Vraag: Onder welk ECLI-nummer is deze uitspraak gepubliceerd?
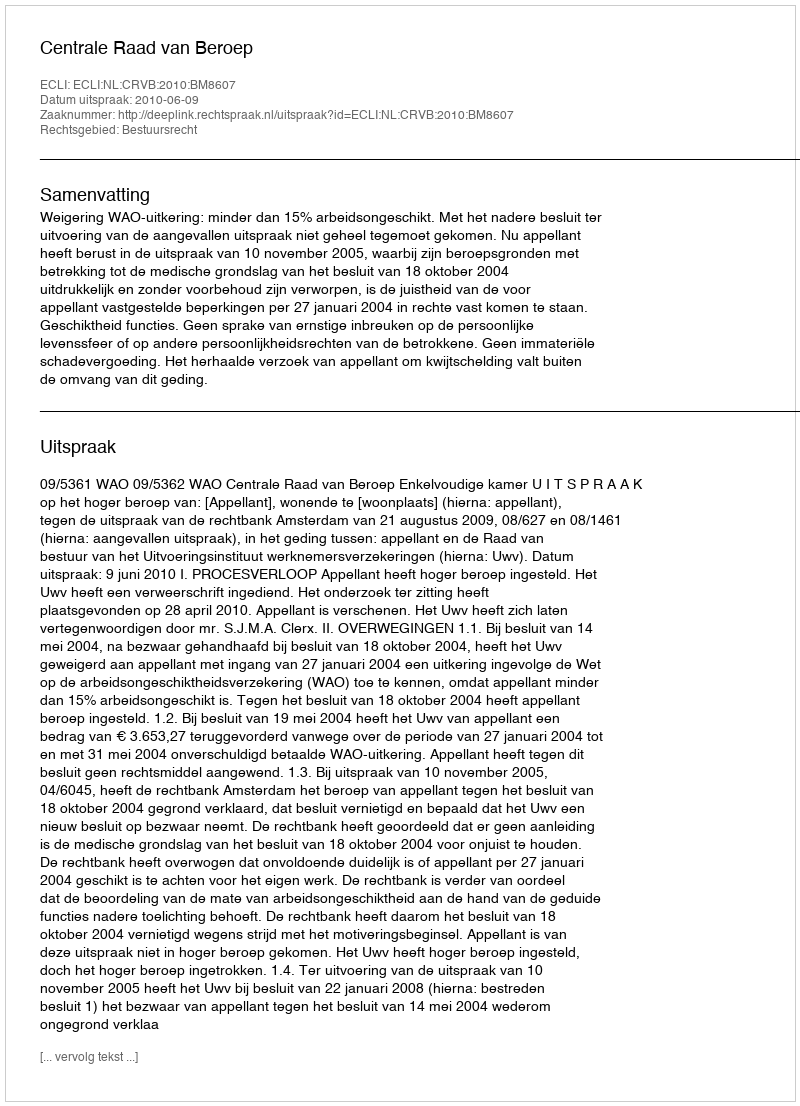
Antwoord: ECLI:NL:CRVB:2010:BM8607